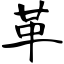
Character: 革